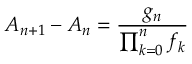
A _ { n + 1 } - A _ { n } = { \frac { g _ { n } } { \prod _ { k = 0 } ^ { n } f _ { k } } }